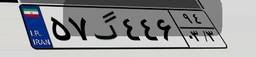
۵۷گ۴۴۶۹۴